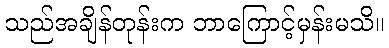
သည်အချိန်တုန်းက ဘာကြောင့်မှန်းမသိ။